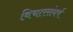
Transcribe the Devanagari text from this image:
विचारसंघर्ष